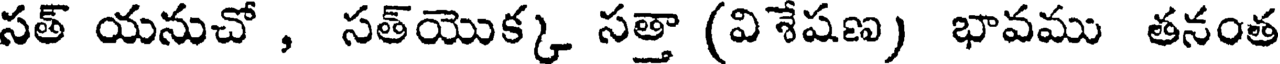
సత్ యనుచో , సత్యొక్క సత్తా (విశేషణ) భావము తనంత